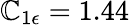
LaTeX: \mathbb{C}_{1\epsilon}=1.44